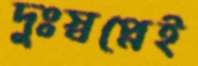
দুঃস্বপ্নেই